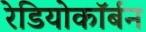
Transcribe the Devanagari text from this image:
रेडियोकॉर्बन